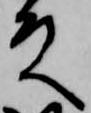
殿